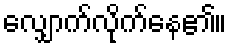
လျှောက်လိုက်နေ၏။